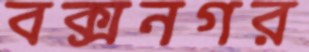
বক্সনগর